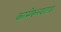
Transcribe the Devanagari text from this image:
कामेरूनश्टाड